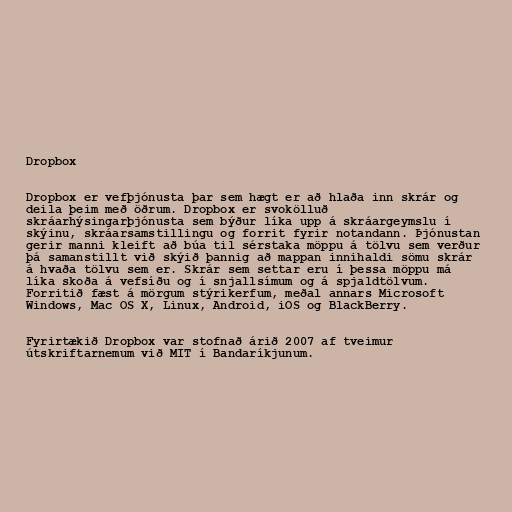
Dropbox

Dropbox er vefþjónusta þar sem hægt er að hlaða inn skrár og
deila þeim með öðrum. Dropbox er svokölluð
skráarhýsingarþjónusta sem býður líka upp á skráargeymslu í
skýinu, skráarsamstillingu og forrit fyrir notandann. Þjónustan
gerir manni kleift að búa til sérstaka möppu á tölvu sem verður
þá samanstillt við skýið þannig að mappan innihaldi sömu skrár
á hvaða tölvu sem er. Skrár sem settar eru í þessa möppu má
líka skoða á vefsíðu og í snjallsímum og á spjaldtölvum.
Forritið fæst á mörgum stýrikerfum, meðal annars Microsoft
Windows, Mac OS X, Linux, Android, iOS og BlackBerry.

Fyrirtækið Dropbox var stofnað árið 2007 af tveimur
útskriftarnemum við MIT í Bandaríkjunum.